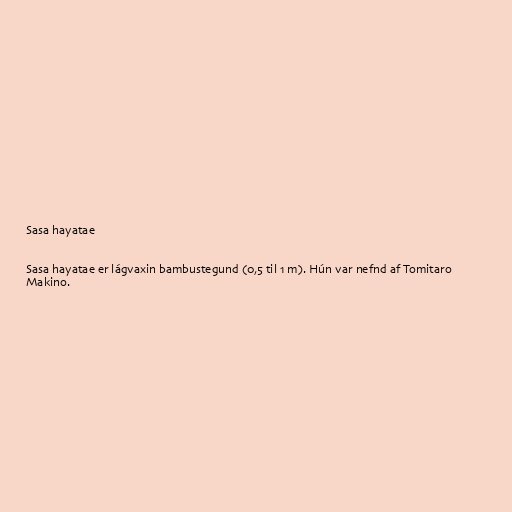
Sasa hayatae

Sasa hayatae er lágvaxin bambustegund (0,5 til 1 m). Hún var nefnd af Tomitaro
Makino.